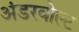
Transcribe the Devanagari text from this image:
अंडरवोल्ट